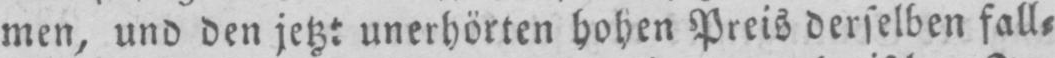
men, und den jetzt unerhörten hohen Preis derselben fall⸗